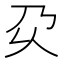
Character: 𰀬